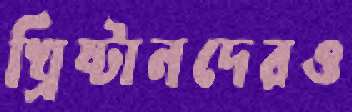
খ্রিষ্টানদেরও